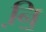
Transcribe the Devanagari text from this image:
नि़॒